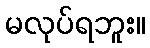
မလုပ်ရဘူး။